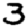
Digit: 3